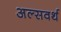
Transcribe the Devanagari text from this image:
अल्सवर्थ